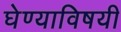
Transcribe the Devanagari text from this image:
घेण्‍याविषयी